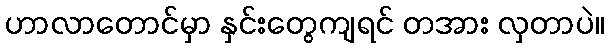
ဟာလာတောင်မှာ နှင်းတွေကျရင် တအား လှတာပဲ။